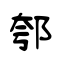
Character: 郀